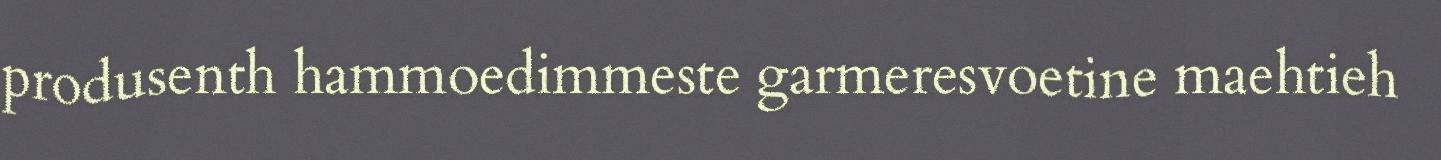
produsenth hammoedimmeste garmeresvoetine maehtieh